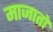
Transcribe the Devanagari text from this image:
माजातो